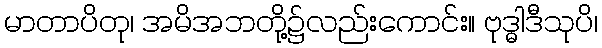
မာတာပိတု၊ အမိအဘတို့၌လည်းကောင်း။ ဗုဒ္ဓါဒီသုပိ၊